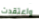
واعتقدت